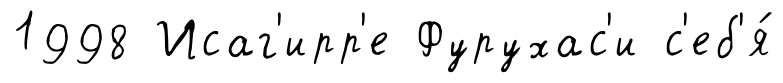
1998 Исаг'ирр'е Фурухас'и с'еб'я́